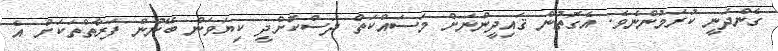
ގެންދަނީ ކުރަމުންނެވެ. އެގޮތުން ޤައިދީންނަށް މަސައްކަތް ދަސްކޮށްދީ ކިޔަވަން ބޭނުން ފަރާތްތަކަށް އެ